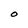
Character: O